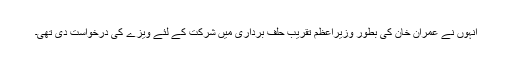
انہوں نے عمران خان کی بطور وزیراعظم تقریب حلف برداری میں شرکت کے لئے ویزے کی درخواست دی تھی۔